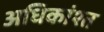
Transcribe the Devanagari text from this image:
अधिकांश्त